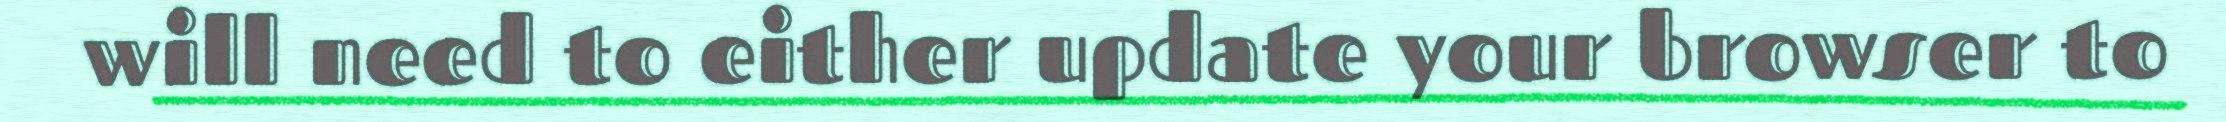
will need to either update your browser to